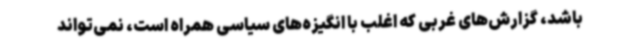
باشد، گزارش‌های غربی که اغلب با انگیزه‌های سیاسی همراه است، نمی‌تواند